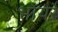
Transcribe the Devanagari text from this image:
भोंयरे